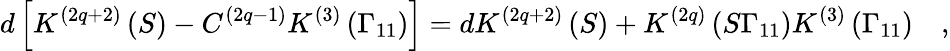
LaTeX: d\left[K^{\left(2q+2\right)}\left(S\right)-C^{\left(2q-1\right)}K^{\left(3\right)}\left(\Gamma_{11}\right)\right]=dK^{\left(2q+2\right)}\left(S\right)+K^{\left(2q\right)}\left(S\Gamma_{11}\right)K^{\left(3\right)}\left(\Gamma_{11}\right)\quad,